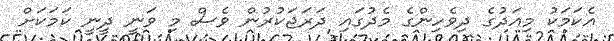
އެކަމަކު މިއަދުގެ ދިވެހިންގެ މެދުގައި ދަރަޖަކުރުން ވެސް މި ވަނީ ދީނީ ކަމަކަށް